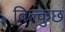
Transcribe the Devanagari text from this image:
बिल्कुछ